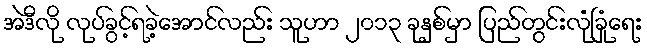
အဲဒီလို လုပ်ခွင့်ရခဲ့အောင်လည်း သူဟာ ၂၀၁၃ ခုနှစ်မှာ ပြည်တွင်းလုံခြုံရေး